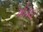
ખોડદા